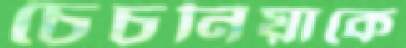
চেচনিয়াকে